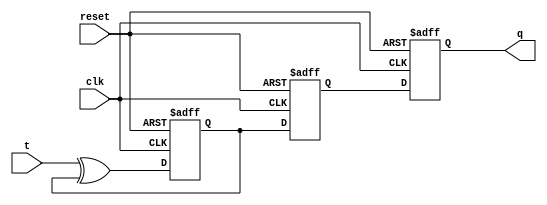
module t_ff(
    input wire clk,
    input wire reset,
    input wire t,
    output reg q
);

reg master;
reg slave;

always @(posedge clk or posedge reset) begin
    if (reset) begin
        master <= 1'b0;
        slave <= 1'b0;
        q <= 1'b0;
    end else begin
        master <= t ^ master;
        slave <= master;
        q <= slave;
    end
end

endmodule